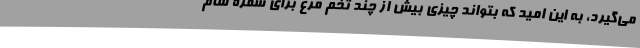
می‌گیرد، به این امید که بتواند چیزی بیش از چند تخم مرغ برای سفره شام